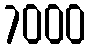
7000